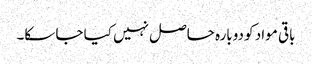
باقی مواد کو دوبارہ حاصل نہیں کیا جا سکا۔